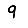
Digit: 9